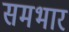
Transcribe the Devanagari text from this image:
समभार